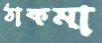
ঠাকমা